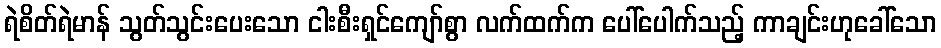
ရဲစိတ်ရဲမာန် သွတ်သွင်းပေးသော ငါးစီးရှင်ကျော်စွာ လက်ထက်က ပေါ်ပေါက်သည့် ကာချင်းဟုခေါ်သော